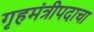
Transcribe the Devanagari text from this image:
गृहमंत्रीपदाचा